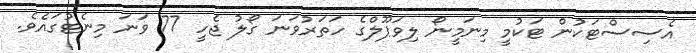
އެސިސްޓަކުން ޓަކުމީ މިނަމީނޯ ލިވަޕޫލްގެ ހަތަރުވަނަ ގޯލު ޖެހީ 77 ވަނަ މިނެޓުގައެވެ.